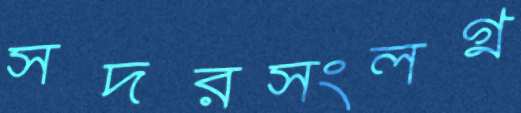
সদরসংলগ্ন